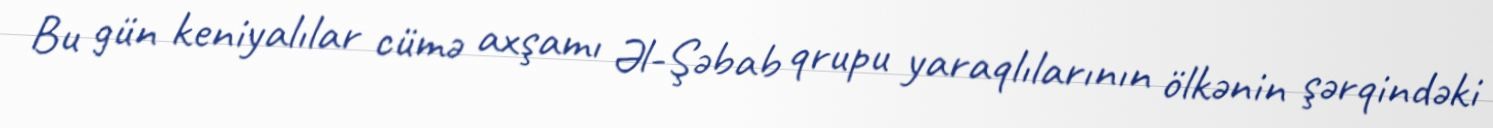
Bu gün keniyalılar cümə axşamı Əl-Şəbab qrupu yaraqlılarının ölkənin şərqindəki